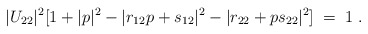
\begin{align*}|U_{22}|^2[1+|p|^2-|r_{12}p+ s_{12}|^2-|r_{22}+p s_{22}|^2]\;=\;1\;.\end{align*}